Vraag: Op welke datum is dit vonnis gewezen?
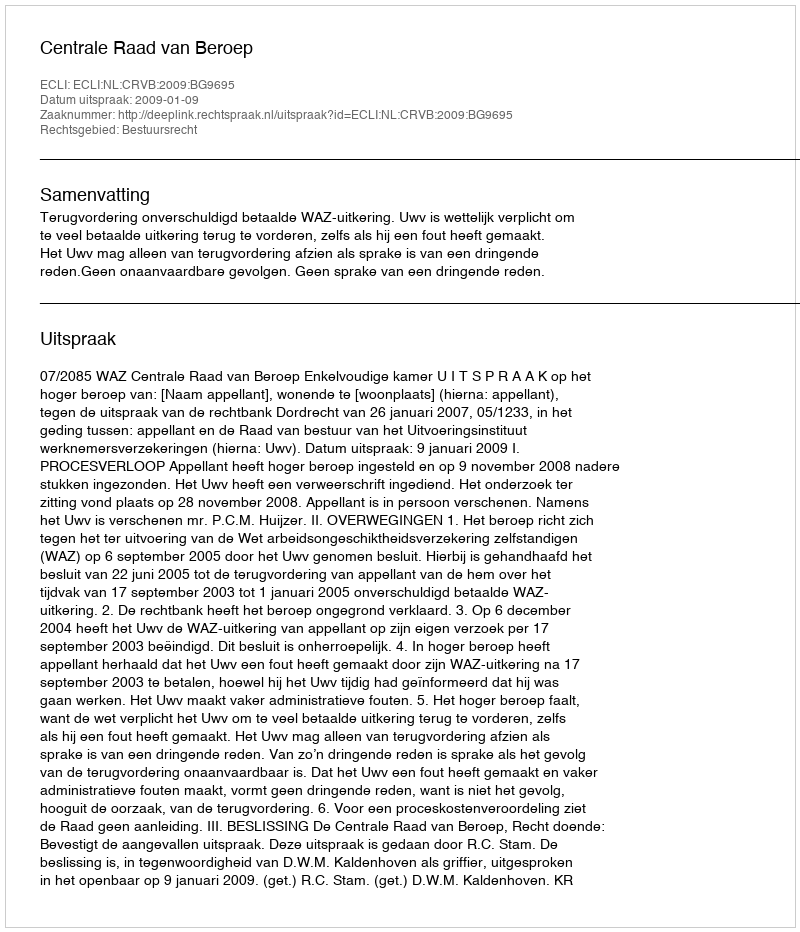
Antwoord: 2009-01-09